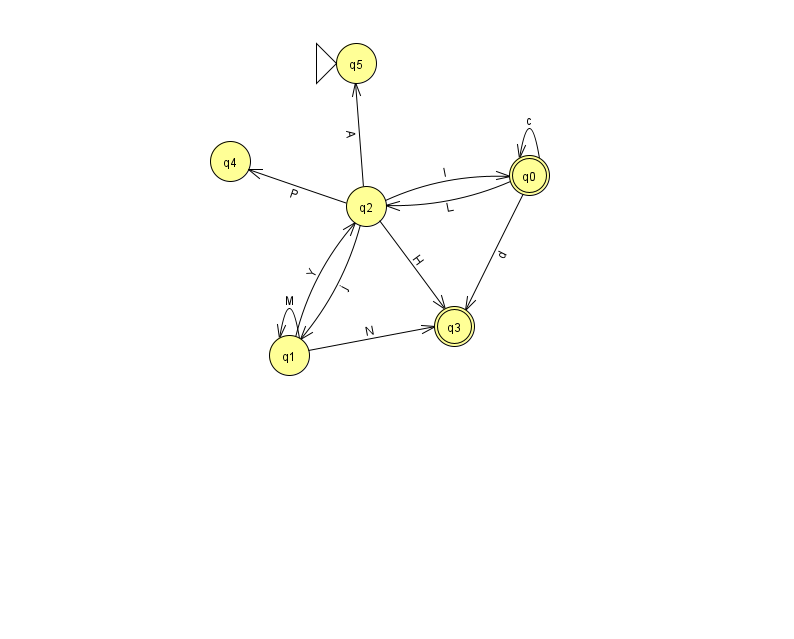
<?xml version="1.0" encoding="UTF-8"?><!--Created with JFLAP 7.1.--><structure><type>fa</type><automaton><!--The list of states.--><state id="0" name="q0"><x>529.0</x><y>162.0</y><final/></state><state id="1" name="q1"><x>289.0</x><y>342.0</y></state><state id="2" name="q2"><x>366.0</x><y>193.0</y></state><state id="3" name="q3"><x>454.0</x><y>313.0</y><final/></state><state id="4" name="q4"><x>230.0</x><y>148.0</y></state><state id="5" name="q5"><x>356.0</x><y>50.0</y><initial/></state><!--The list of transitions.--><transition><from>0</from><to>0</to><read>c</read></transition><transition><from>1</from><to>2</to><read>Y</read></transition><transition><from>1</from><to>3</to><read>N</read></transition><transition><from>0</from><to>2</to><read>L</read></transition><transition><from>2</from><to>0</to><read>l</read></transition><transition><from>2</from><to>1</to><read>j</read></transition><transition><from>0</from><to>3</to><read>d</read></transition><transition><from>2</from><to>5</to><read>A</read></transition><transition><from>2</from><to>4</to><read>P</read></transition><transition><from>1</from><to>1</to><read>M</read></transition><transition><from>2</from><to>3</to><read>H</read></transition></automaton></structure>